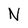
Character: N